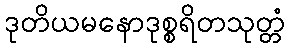
ဒုတိယမနောဒုစ္စရိတသုတ္တံ